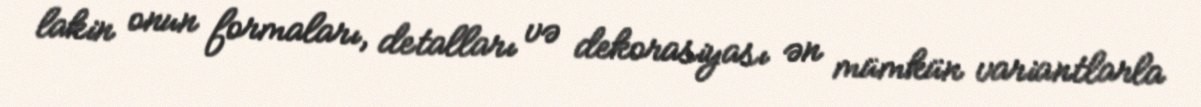
lakin onun formaları, detalları və dekorasiyası ən mümkün variantlarla